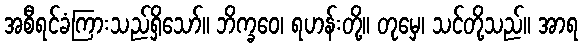
အစီရင်ခံကြားသည်ရှိသော်။ ဘိက္ခဝေ၊ ရဟန်းတို့။ တုမှေ၊ သင်တို့သည်။ အာရ